Indian journal of veterinary science and animal husbandry - Volume 10,
Year: 1940
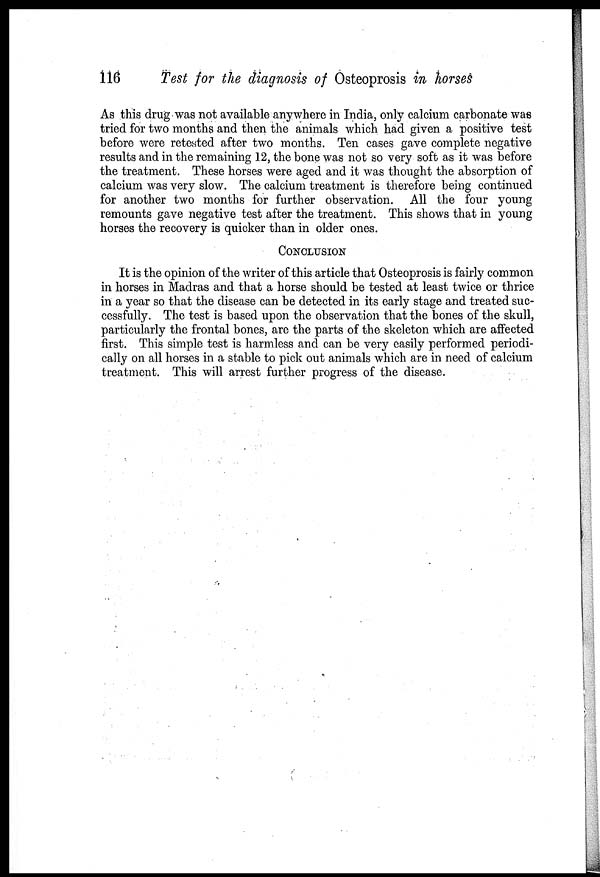
116
Test for the diagnosis of Osteoprosis in horses
As this drug was not available anywhere in India, only calcium carbonate was
tried for two months and then the animals which had given a positive test
before were retested after two months. Ten cases gave complete negative
results and in the remaining 12, the bone was not so very soft as it was before
the treatment. These horses were aged and it was thought the absorption of
calcium was very slow. The calcium treatment is therefore being continued
for another two months for further observation. All the four young
remounts gave negative test after the treatment. This shows that in young
horses the recovery is quicker than in older ones.
CONCLUSION
It is the opinion of the writer of this article that Osteoprosis is fairly common
in horses in Madras and that a horse should be tested at least twice or thrice
in a year so that the disease can be detected in its early stage and treated suc-
cessfully. The test is based upon the observation that the bones of the skull,
particularly the frontal bones, are the parts of the skeleton which are affected
first. This simple test is harmless and can be very easily performed periodi-
cally on all horses in a stable to pick out animals which are in need of calcium
treatment. This will arrest further progress of the disease.